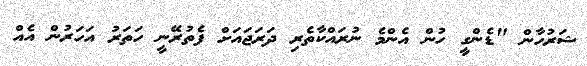
ޝަރުހާން "ޑެންގީ ހުން އެންމެ ނުރައްކާތެރި ދަރަޖައަށް ފެތުރޭނީ ހަތަރު އަހަރުން އެއް